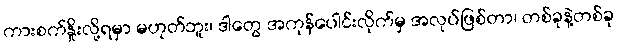
ကားစက်နှိုးလို့ရမှာ မဟုတ်ဘူး၊ ဒါတွေ အကုန်ပေါင်းလိုက်မှ အလုပ်ဖြစ်တာ၊ တစ်ခုနဲ့တစ်ခု